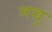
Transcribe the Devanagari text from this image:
मच्चु